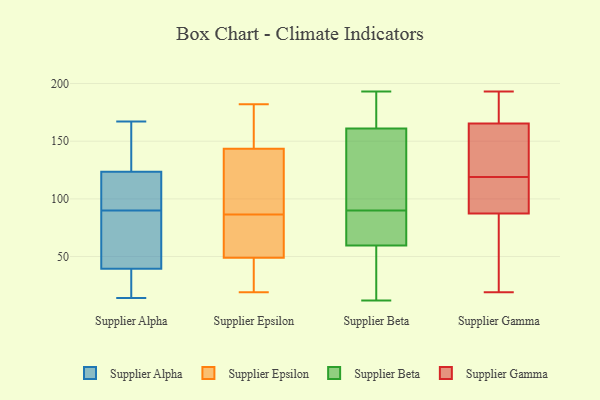
{"axis": {"x": "LTV (USD)", "y": "Value"}, "legend": ["Supplier Alpha", "Supplier Beta", "Supplier Epsilon", "Supplier Gamma"], "data": [{"x": "", "y": 128, "type": "Supplier Alpha"}, {"x": "", "y": 18, "type": "Supplier Alpha"}, {"x": "", "y": 46, "type": "Supplier Alpha"}, {"x": "", "y": 109, "type": "Supplier Alpha"}, {"x": "", "y": 27, "type": "Supplier Alpha"}, {"x": "", "y": 114, "type": "Supplier Alpha"}, {"x": "", "y": 167, "type": "Supplier Alpha"}, {"x": "", "y": 103, "type": "Supplier Alpha"}, {"x": "", "y": 65, "type": "Supplier Alpha"}, {"x": "", "y": 113, "type": "Supplier Alpha"}, {"x": "", "y": 33, "type": "Supplier Alpha"}, {"x": "", "y": 28, "type": "Supplier Alpha"}, {"x": "", "y": 59, "type": "Supplier Alpha"}, {"x": "", "y": 14, "type": "Supplier Alpha"}, {"x": "", "y": 132, "type": "Supplier Alpha"}, {"x": "", "y": 72, "type": "Supplier Alpha"}, {"x": "", "y": 160, "type": "Supplier Alpha"}, {"x": "", "y": 154, "type": "Supplier Alpha"}, {"x": "", "y": 119, "type": "Supplier Alpha"}, {"x": "", "y": 77, "type": "Supplier Alpha"}, {"x": "", "y": 52, "type": "Supplier Epsilon"}, {"x": "", "y": 93, "type": "Supplier Epsilon"}, {"x": "", "y": 80, "type": "Supplier Epsilon"}, {"x": "", "y": 19, "type": "Supplier Epsilon"}, {"x": "", "y": 33, "type": "Supplier Epsilon"}, {"x": "", "y": 46, "type": "Supplier Epsilon"}, {"x": "", "y": 122, "type": "Supplier Epsilon"}, {"x": "", "y": 182, "type": "Supplier Epsilon"}, {"x": "", "y": 165, "type": "Supplier Epsilon"}, {"x": "", "y": 56, "type": "Supplier Epsilon"}, {"x": "", "y": 171, "type": "Supplier Epsilon"}, {"x": "", "y": 111, "type": "Supplier Epsilon"}, {"x": "", "y": 35, "type": "Supplier Beta"}, {"x": "", "y": 77, "type": "Supplier Beta"}, {"x": "", "y": 102, "type": "Supplier Beta"}, {"x": "", "y": 76, "type": "Supplier Beta"}, {"x": "", "y": 192, "type": "Supplier Beta"}, {"x": "", "y": 120, "type": "Supplier Beta"}, {"x": "", "y": 193, "type": "Supplier Beta"}, {"x": "", "y": 146, "type": "Supplier Beta"}, {"x": "", "y": 73, "type": "Supplier Beta"}, {"x": "", "y": 46, "type": "Supplier Beta"}, {"x": "", "y": 176, "type": "Supplier Beta"}, {"x": "", "y": 78, "type": "Supplier Beta"}, {"x": "", "y": 133, "type": "Supplier Beta"}, {"x": "", "y": 12, "type": "Supplier Beta"}, {"x": "", "y": 185, "type": "Supplier Beta"}, {"x": "", "y": 36, "type": "Supplier Beta"}, {"x": "", "y": 165, "type": "Supplier Gamma"}, {"x": "", "y": 76, "type": "Supplier Gamma"}, {"x": "", "y": 166, "type": "Supplier Gamma"}, {"x": "", "y": 107, "type": "Supplier Gamma"}, {"x": "", "y": 193, "type": "Supplier Gamma"}, {"x": "", "y": 182, "type": "Supplier Gamma"}, {"x": "", "y": 119, "type": "Supplier Gamma"}, {"x": "", "y": 82, "type": "Supplier Gamma"}, {"x": "", "y": 100, "type": "Supplier Gamma"}, {"x": "", "y": 19, "type": "Supplier Gamma"}, {"x": "", "y": 140, "type": "Supplier Gamma"}, {"x": "", "y": 89, "type": "Supplier Gamma"}, {"x": "", "y": 63, "type": "Supplier Gamma"}, {"x": "", "y": 182, "type": "Supplier Gamma"}, {"x": "", "y": 149, "type": "Supplier Gamma"}, {"x": "", "y": 132, "type": "Supplier Gamma"}, {"x": "", "y": 98, "type": "Supplier Gamma"}]}